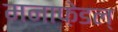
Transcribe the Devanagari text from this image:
मनाफ़ेडल्